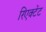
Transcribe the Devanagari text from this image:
रिएक्टेंट